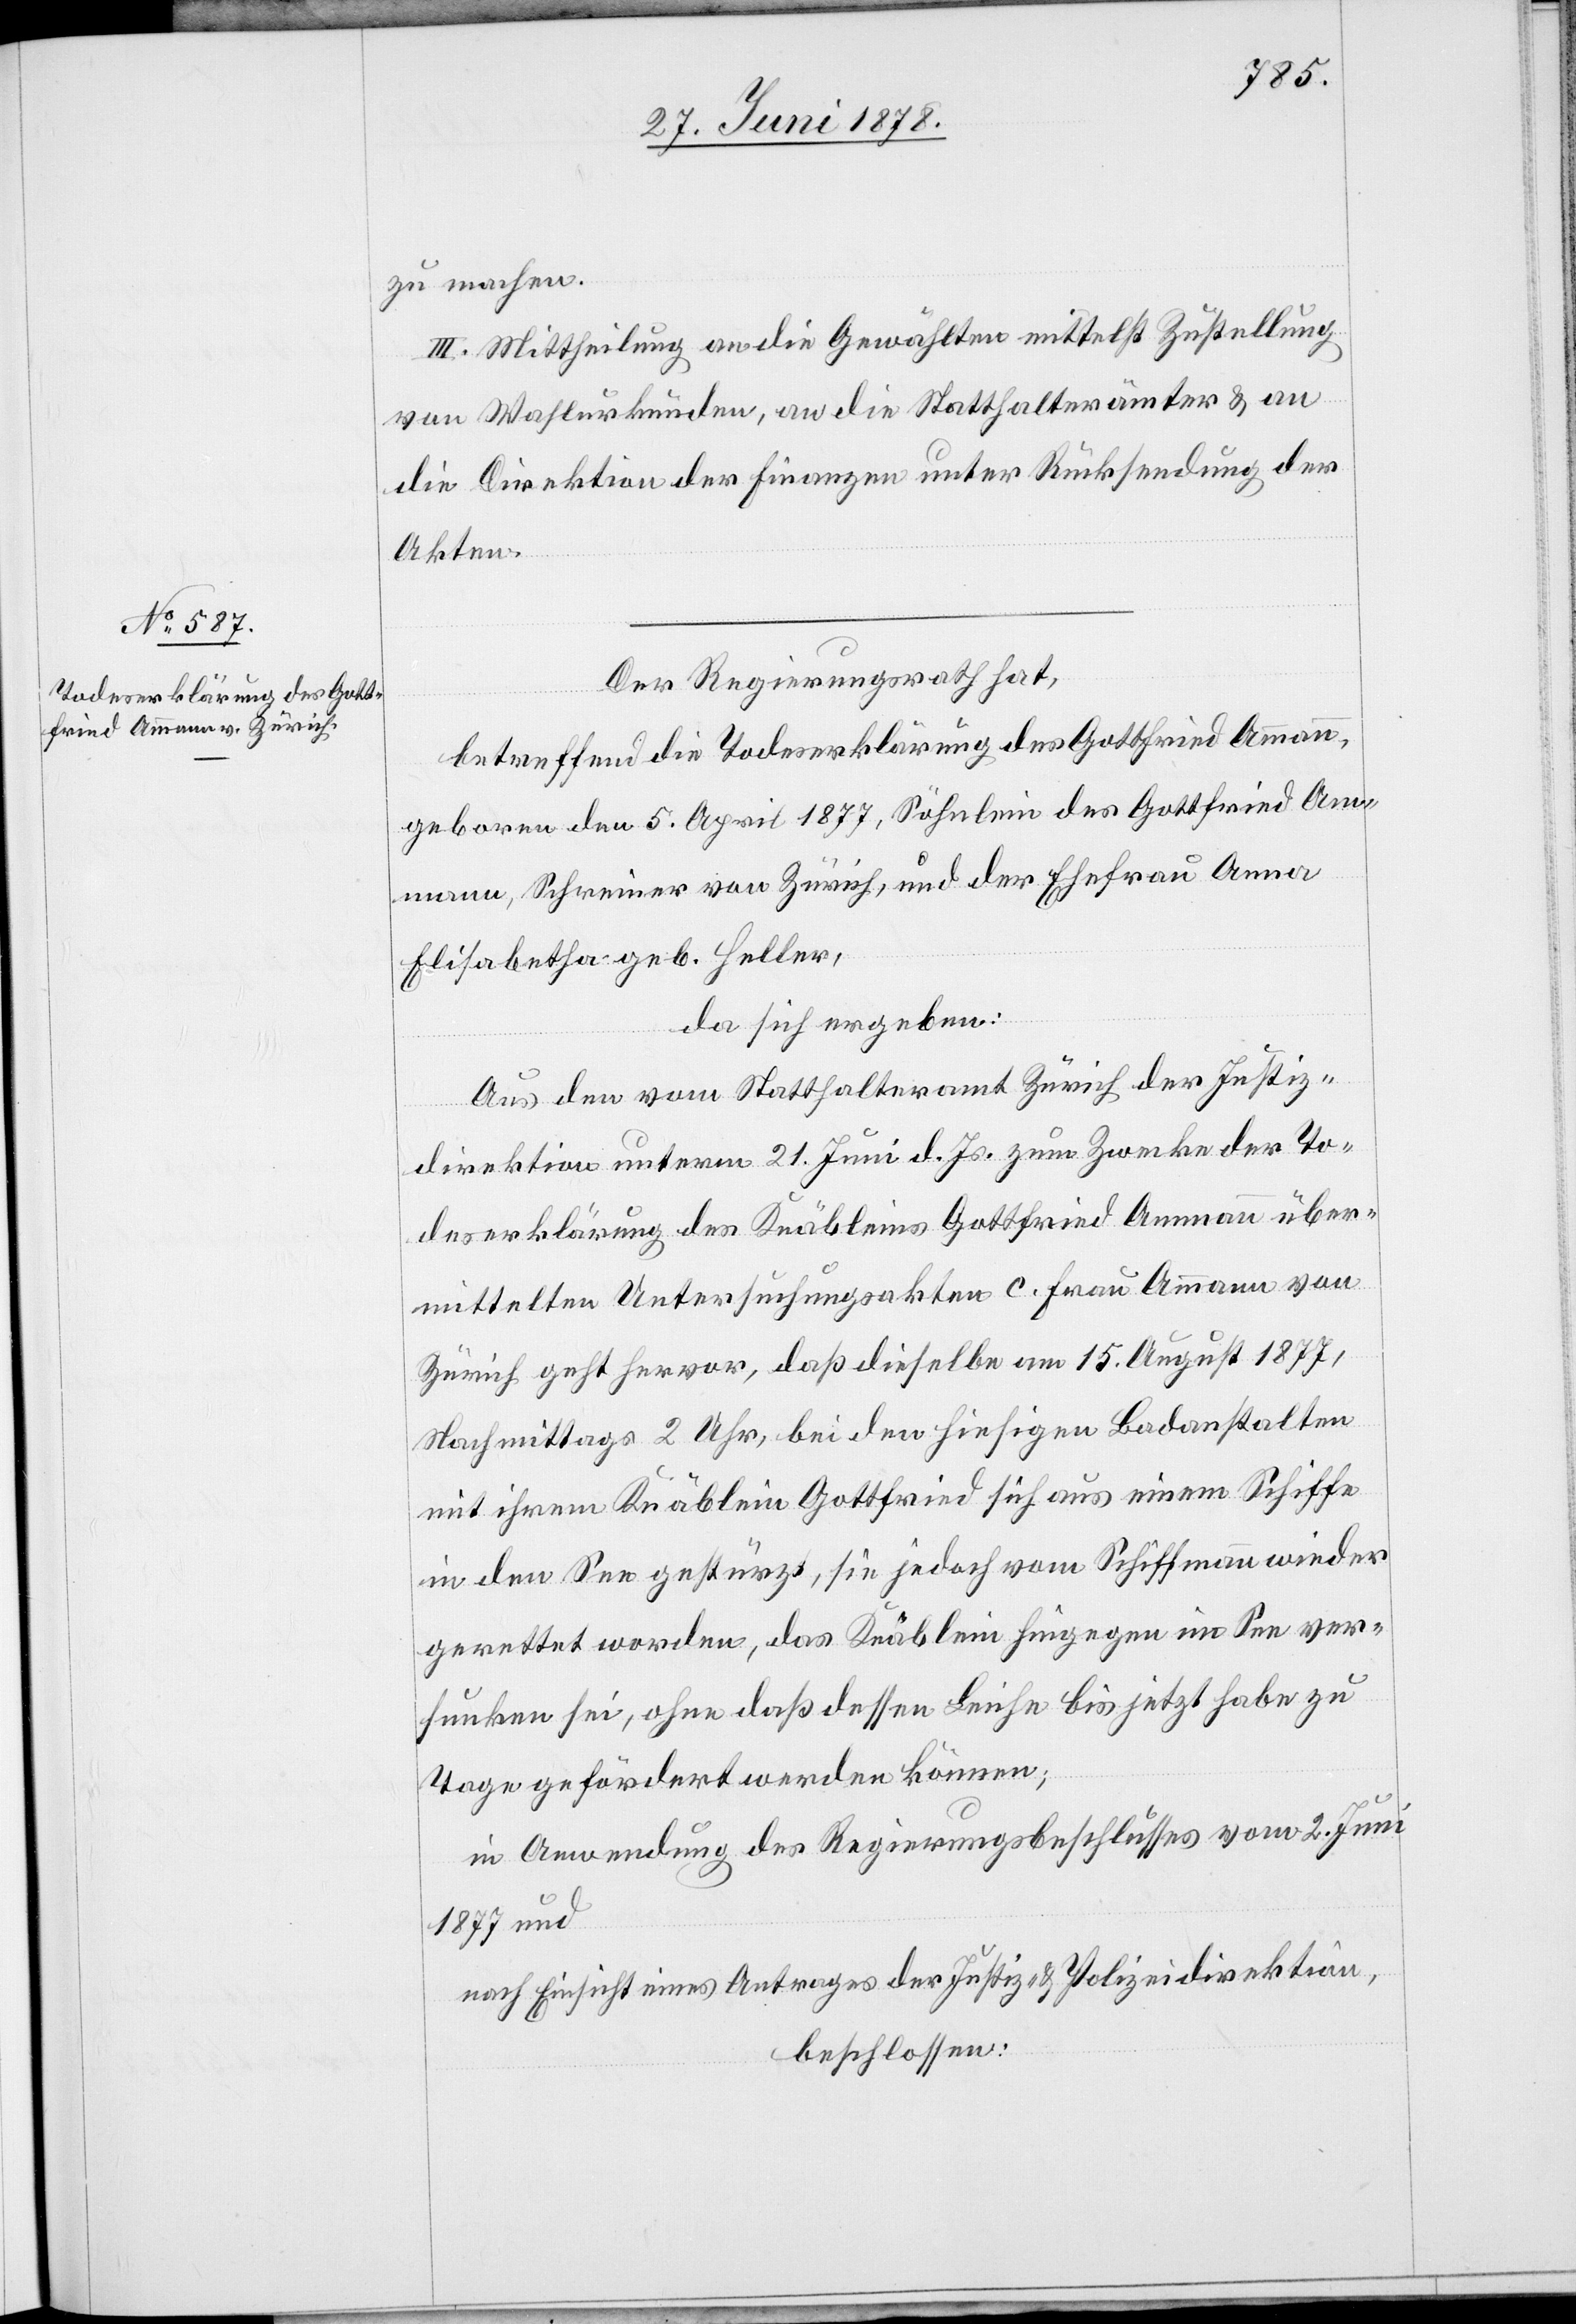
zu machen.
III. Mittheilung an die Gewählten mittelst Zustellung
von Wahlurkunden, an die Statthalterämter & an
die Direktion der Finanzen unter Rücksendung der
Akten.
Der Regierungsrath hat,
Ammann, Schreiner von Zürich, und der Ehefrau Anna
Elisabetha geb. Heller,
da sich ergeben:
Aus den vom Statthalteramt Zürich der Justiz¬
direktion unterm 21. Juni d. Js. zum Zwecke der To¬
deserklärung des Knäbleins Gottfried Ammann über¬
mittelten Untersuchungsakten c. Frau Ammann von
Zürich geht hervor, daß dieselbe am 15. August 1877,
Nachmittags 2 Uhr, bei den hiesigen Badanstalten
in den See gestürzt, sie jedoch vom Schiffmann wieder
gerettet worden, das Knäblein hingegen im See ver¬
sunken sei, ohne daß dessen Leiche bis jetzt habe zu
Tage gefördert werden können;
in Anwendung des Regierungsbeschlusses vom 2. Juni
1877 und
nach Einsicht eines Antrages der Justiz- & Polizeidirektion,
beschlossen: